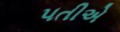
પતીએ